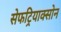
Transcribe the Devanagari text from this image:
सेफट्रियाक्सोन